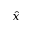
\hat { x }